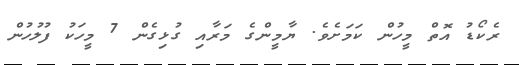
ރެކޯޑު އޮތް މީހުން ކަމަށެވެ. ޔާމީންގެ މަރާއި ގުޅިގެން 7 މީހަކު ފުލުހުން